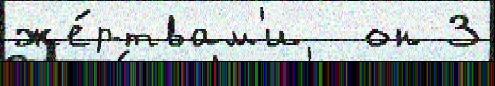
же́ртвам'и  он 3